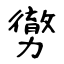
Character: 勶